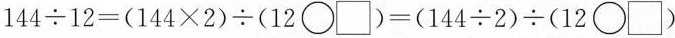
$$1 4 4 {\div} 1 2 = （ 1 4 4 \times 2 ） {\div} （1 2 \bigcirc {\Box } ） = （1 4 4 {\div} 2 ） {\div} （ 1 2 \bigcirc {\Box } ）$$